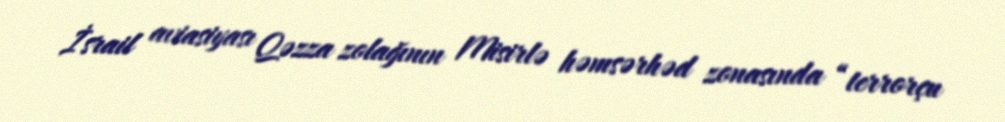
İsrail aviasiyası Qəzza zolağının Misirlə həmsərhəd zonasında “terrorçu